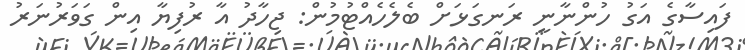
ފައިސާގެ އަގު ހުންނާނީ ރަނގަޅަށް ބެލެެހެއްޓުމުން: ޖިހާދު އާ ރުފިޔާ އިން ގަވަރުނަރު